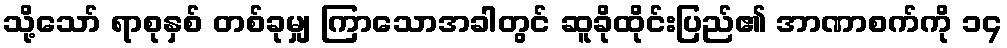
သို့သော် ရာစုနှစ် တစ်ခုမျှ ကြာသောအခါတွင် ဆူခိုထိုင်းပြည်၏ အာဏာစက်ကို ၁၄